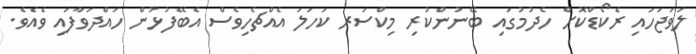
ލަވަޖަހައި ރެކޯޑްކޮށް ހެދުމުގައި ބޭނުންކުރި މިކްސަރ ކަހަލަ އެއްޗެހިވެސް އެބޭފުޅުން ހައްދަވާފައި ވެއެވެ.